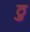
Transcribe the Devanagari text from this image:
ठु